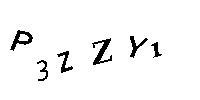
P3ZZY1